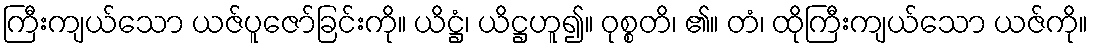
ကြီးကျယ်သော ယဇ်ပူဇော်ခြင်းကို။ ယိဋ္ဌံ၊ ယိဋ္ဌဟူ၍။ ဝုစ္စတိ၊ ၏။ တံ၊ ထိုကြီးကျယ်သော ယဇ်ကို။